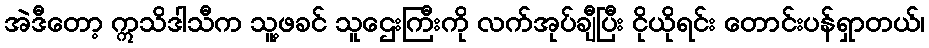
အဲဒီတော့ ဣသိဒါသီက သူ့ဖခင် သူဌေးကြီးကို လက်အုပ်ချီပြီး ငိုယိုရင်း တောင်းပန်ရှာတယ်၊